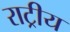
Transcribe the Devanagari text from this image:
राट्रीय